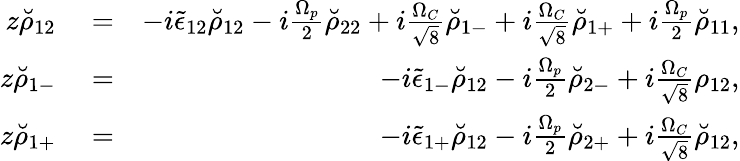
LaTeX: \begin{array}{rlr}{z\breve{\rho}_{12}}&{{}=}&{-i\tilde{\epsilon}_{12}\breve{\rho}_{12}-i\frac{\Omega_{p}}{2}\breve{\rho}_{22}+i\frac{\Omega_{C}}{\sqrt{8}}\breve{\rho}_{1-}+i\frac{\Omega_{C}}{\sqrt{8}}\breve{\rho}_{1+}+i\frac{\Omega_{p}}{2}\breve{\rho}_{11},}\\ {z\breve{\rho}_{1-}}&{{}=}&{-i\tilde{\epsilon}_{1-}\breve{\rho}_{12}-i\frac{\Omega_{p}}{2}\breve{\rho}_{2-}+i\frac{\Omega_{C}}{\sqrt{8}}\rho_{12},}\\ {z\breve{\rho}_{1+}}&{{}=}&{-i\tilde{\epsilon}_{1+}\breve{\rho}_{12}-i\frac{\Omega_{p}}{2}\breve{\rho}_{2+}+i\frac{\Omega_{C}}{\sqrt{8}}\breve{\rho}_{12},}\end{array}